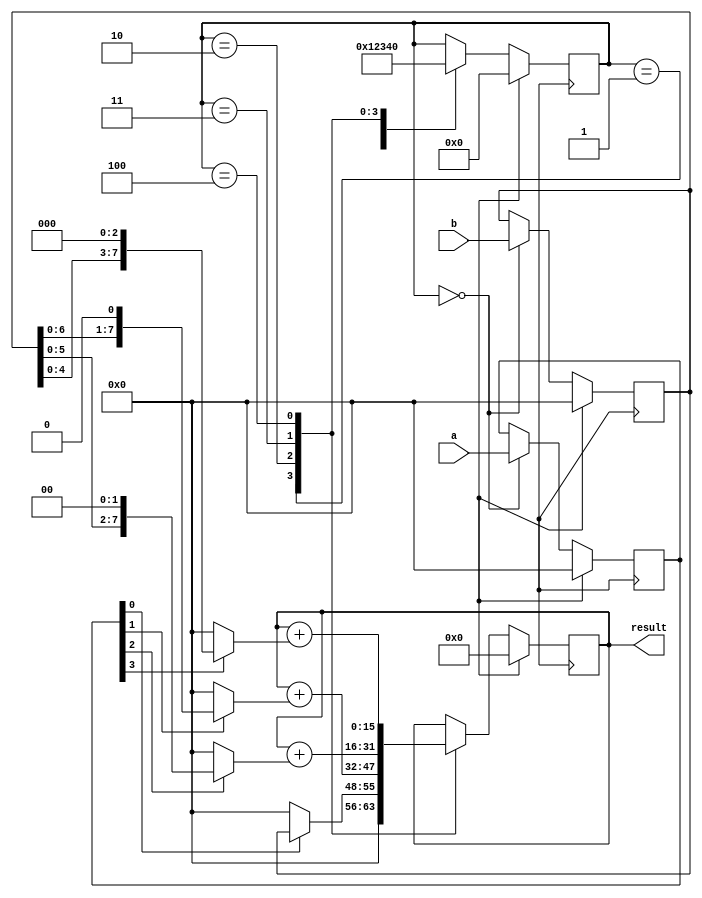
module PipelinedMultiplier(
    input wire [7:0] a,
    input wire [7:0] b,
    output wire [15:0] result
);

reg [7:0] a_reg;
reg [7:0] b_reg;
reg [3:0] stage;

wire [15:0] partial_product1;
wire [15:0] partial_product2;
wire [15:0] partial_product3;
wire [15:0] partial_product4;

assign partial_product1 = a_reg[0] ? b_reg : 0;
assign partial_product2 = a_reg[1] ? {b_reg[6:0], 1'b0} : 0;
assign partial_product3 = a_reg[2] ? {b_reg[5:0], 2'b00} : 0;
assign partial_product4 = a_reg[3] ? {b_reg[4:0], 3'b000} : 0;

always @(posedge clk)
begin
    if (reset)
    begin
        a_reg <= 8'b0;
        b_reg <= 8'b0;
        stage <= 0;
        result <= 16'b0;
    end
    else
    begin
        case (stage)
            0: begin
                a_reg <= a;
                b_reg <= b;
                stage <= 1;
            end
            1: begin
                result <= partial_product1;
                stage <= 2;
            end
            2: begin
                result <= result + partial_product2;
                stage <= 3;
            end
            3: begin
                result <= result + partial_product3;
                stage <= 4;
            end
            4: begin
                result <= result + partial_product4;
                stage <= 0;
            end
        endcase
    end
end

endmodule